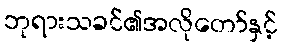
ဘုရားသခင်၏အလိုတော်နှင့်